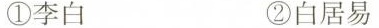
①李白 ②白居易